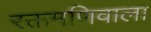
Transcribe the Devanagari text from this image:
रक्तमणिवाला